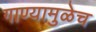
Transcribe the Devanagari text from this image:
गाण्यामुळेच